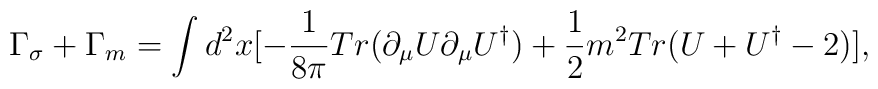
\Gamma_\sigma+\Gamma_m= \int d^2 x [-\frac{1}{8\pi}Tr(\partial_\mu U\partial_\mu U^\dag)+\frac{1}{2} m^2 Tr(U+U^\dag-2)],